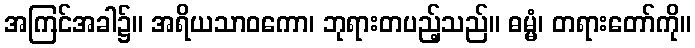
အကြင်အခါ၌။ အရိယသာဝကော၊ ဘုရားတပည့်သည်။ ဓမ္မံ၊ တရားတော်ကို။